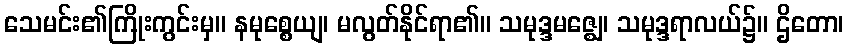
သေမင်း၏ကြိုးကွင်းမှ။ နမုစ္စေယျ၊ မလွတ်နိုင်ရာ၏။ သမုဒ္ဒမဇ္ဈေ၊ သမုဒ္ဒရာလယ်၌။ ဌိတော၊